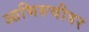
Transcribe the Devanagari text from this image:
आभिरुचीवर